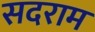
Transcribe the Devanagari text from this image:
सदराम